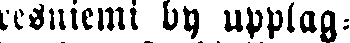
resniemi by upplag-